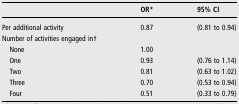
<table><thead><tr><td>[EMPTY_CELL]</td><td><b>OR*</b></td><td><b>95% CI</b></td></tr></thead><tbody><tr><td>Per additional activity</td><td>0.87</td><td>(0.81 to 0.94)</td></tr><tr><td>Number of activities engaged in†</td><td>[EMPTY_CELL]</td><td>[EMPTY_CELL]</td></tr><tr><td> None</td><td>1.00</td><td>[EMPTY_CELL]</td></tr><tr><td> One</td><td>0.93</td><td>(0.76 to 1.14)</td></tr><tr><td> Two</td><td>0.81</td><td>(0.63 to 1.02)</td></tr><tr><td> Three</td><td>0.70</td><td>(0.53 to 0.94)</td></tr><tr><td> Four</td><td>0.51</td><td>(0.33 to 0.79)</td></tr></tbody></table>